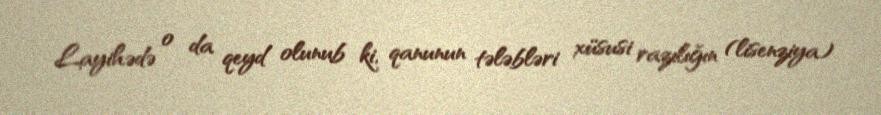
Layihədə o da qeyd olunub ki, qanunun tələbləri xüsusi razılığın (lisenziya)